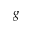
g